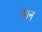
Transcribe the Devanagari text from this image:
रेडान